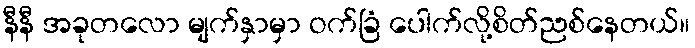
နီနီ အခုတလော မျက်နှာမှာ ဝက်ခြံ ပေါက်လို့စိတ်ညစ်နေတယ်။